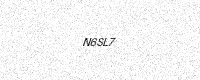
Text: N6SL7